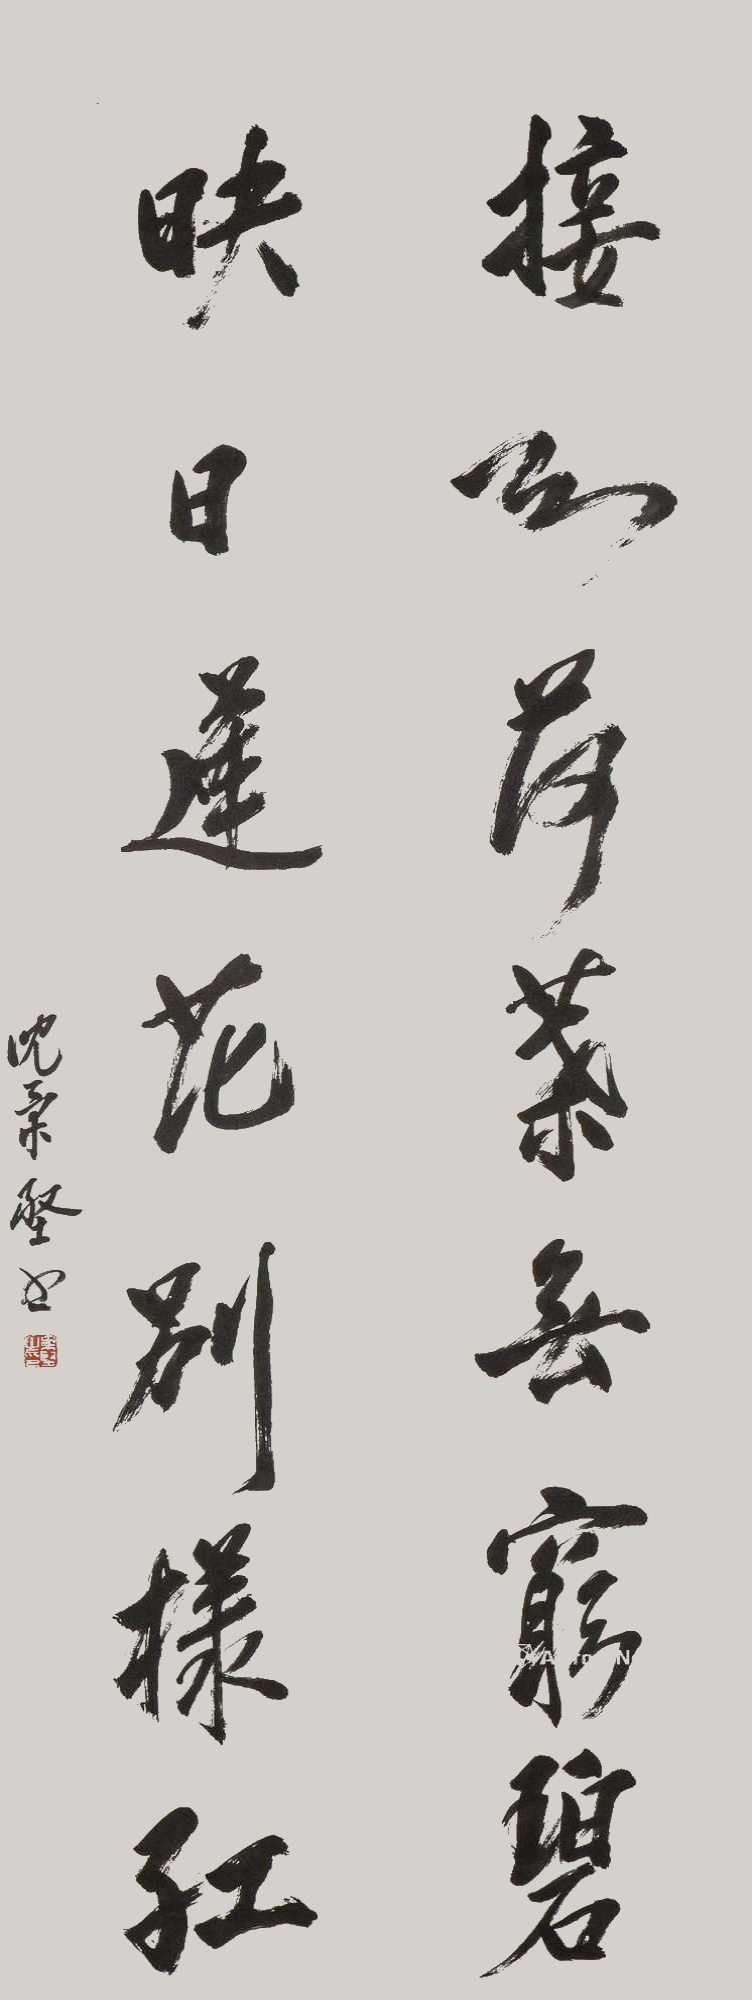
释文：接天荷叶无穷碧，映日莲花别样红。沈柔坚书。